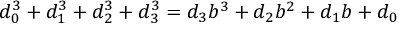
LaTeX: d _ { 0 } ^ { 3 } + d _ { 1 } ^ { 3 } + d _ { 2 } ^ { 3 } + d _ { 3 } ^ { 3 } = d _ { 3 } b ^ { 3 } + d _ { 2 } b ^ { 2 } + d _ { 1 } b + d _ { 0 }